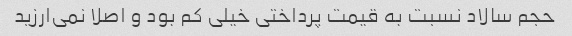
حجم سالاد نسبت به قیمت پرداختی خیلی کم بود و اصلا نمی‌ارزید